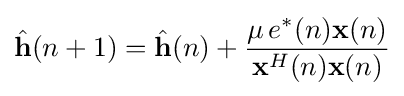
{\hat {\mathbf {h} }}(n+1)={\hat {\mathbf {h} }}(n)+{\frac {\mu \,e^{*}(n)\mathbf {x} (n)}{\mathbf {x} ^{H}(n)\mathbf {x} (n)}}